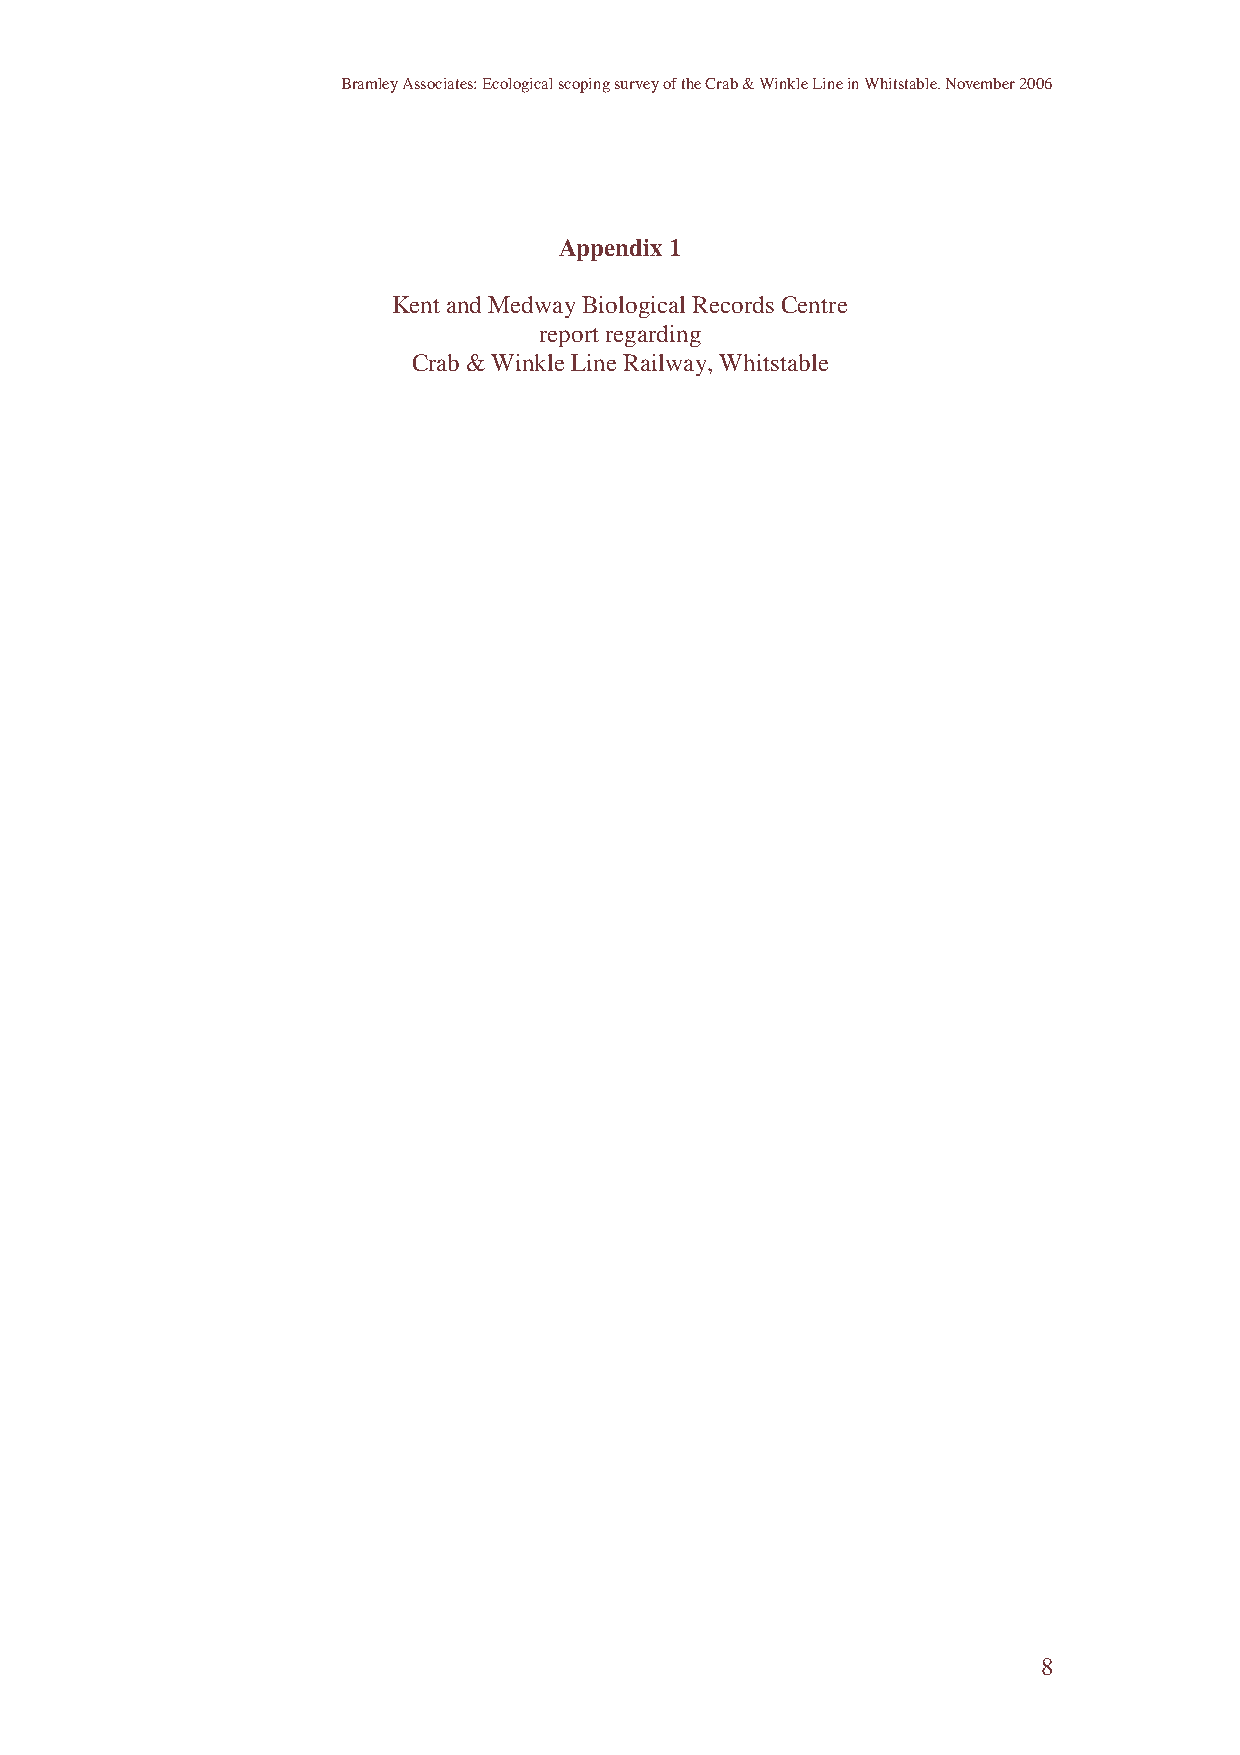
Bramley Associates: Ecological scoping survey of the Crab & Winkle Line in Whitstable. November 2006
 Appendix 1
 Kent and Medway Biological Records Centre
 report regarding
 Crab & Winkle Line Railway, Whitstable
 8